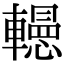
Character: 𨏀